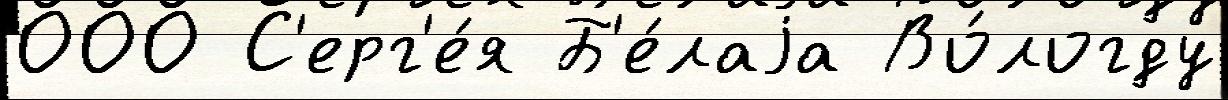
000 С'ерг'е́я Б'е́лаjа Во́логду